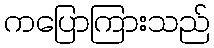
ကပြောကြားသည်